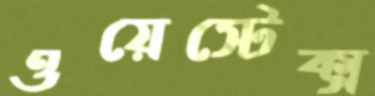
ওয়েস্টেক্স